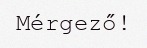
Mérgező!